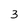
Character: 3